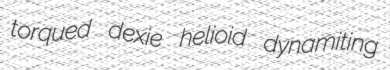
torqued dexie helioid dynamiting